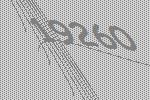
19260